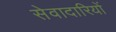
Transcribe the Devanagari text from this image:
सेवादारियों